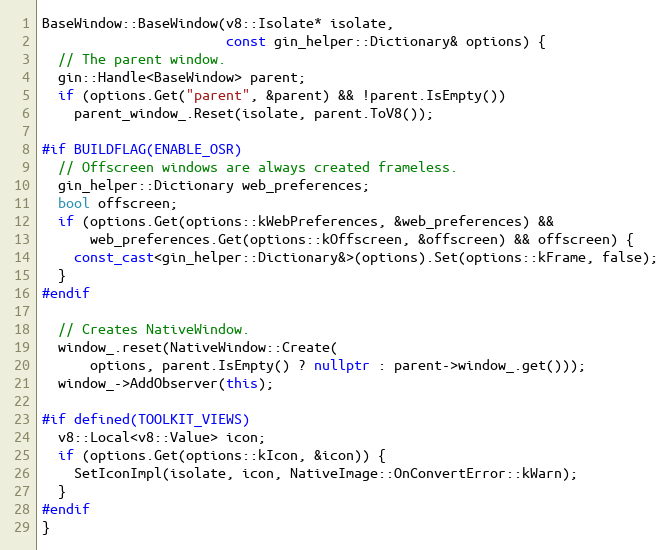
Language: C++
BaseWindow::BaseWindow(v8::Isolate* isolate,
                       const gin_helper::Dictionary& options) {
  // The parent window.
  gin::Handle<BaseWindow> parent;
  if (options.Get("parent", &parent) && !parent.IsEmpty())
    parent_window_.Reset(isolate, parent.ToV8());

#if BUILDFLAG(ENABLE_OSR)
  // Offscreen windows are always created frameless.
  gin_helper::Dictionary web_preferences;
  bool offscreen;
  if (options.Get(options::kWebPreferences, &web_preferences) &&
      web_preferences.Get(options::kOffscreen, &offscreen) && offscreen) {
    const_cast<gin_helper::Dictionary&>(options).Set(options::kFrame, false);
  }
#endif

  // Creates NativeWindow.
  window_.reset(NativeWindow::Create(
      options, parent.IsEmpty() ? nullptr : parent->window_.get()));
  window_->AddObserver(this);

#if defined(TOOLKIT_VIEWS)
  v8::Local<v8::Value> icon;
  if (options.Get(options::kIcon, &icon)) {
    SetIconImpl(isolate, icon, NativeImage::OnConvertError::kWarn);
  }
#endif
}